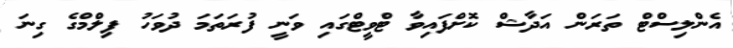
އެންލިސްޓް ތަރަން އަދާޝް ކޮށްފައިވާ ޓްވީޓްގައި ވަނީ ފުރަތަމަ ދުވަހު ފިލްމްގެ ގިނަ